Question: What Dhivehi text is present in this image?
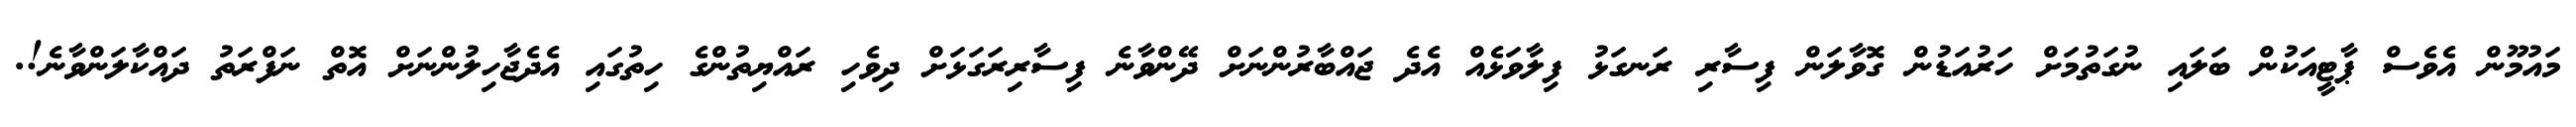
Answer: މައުމޫން އެވެސް ޕާޓީއަކުން ބަލައި ނުގަތުމަށް ހަރުއަޑުން ގޮވާލަން ފިސާރި ރަނގަޅު ފިލާވަޅެއް އެދެ ޖައްބާރުންނަށް ދޭންވާނެ ފިސާރިރަގަޅަށް ދިވެހި ރައްޔިތުންގެ ހިތުގައި އެދެޖާހިލުންނަށް އޮތް ނަފްރަތު ދައްކާލަންވާނެ!.